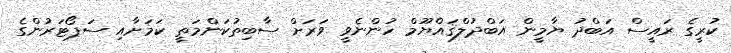
ކުރީގެ ރައީސް އަބްދު ޔާމީން އަބްދުލްޤައްޔޫމް ހުންނެވީ ވަރަށް ސާބިތުކަންމަތީ ކަމަށާއި ސަޕޯޓަރުންގެ